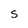
Character: S